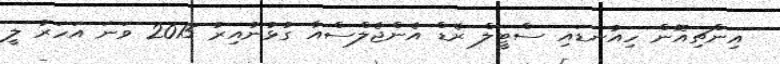
އިންޗިއޮން ހިއުނޑައި ސްޓީލް ރެޑް އެންޖެލްސްއާ ގުޅުނުއިރު 2015 ވަނަ އަހަރު ލީ